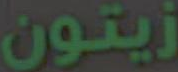
زيتون